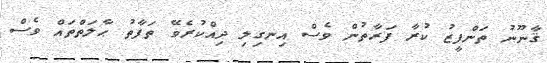
ޤާނޫނު ތަންފީޒު ކުރާ ފަރާތުން ވެސް އިނގިލި ދިއްކުރެވޭ ތަފާތު ޙާލަތްތައް ވެސް